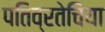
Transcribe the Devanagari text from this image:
पतिव्रतेचिया